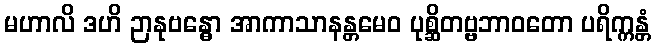
မဟာလိ ဒဟိ ဉာနုဗန္ဓော အာကာသာနန္တမေဝ ပုစ္ဆိတဗ္ဗဘာဝတော ပရိက္ကန္တံ